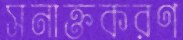
সনাক্তকরণ